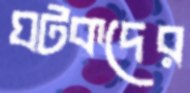
ঘটকদের